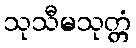
သုသီမသုတ္တံ